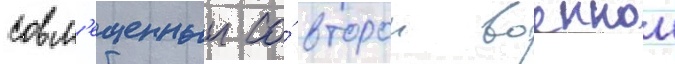
совм'ещенныи со́ второи военнои